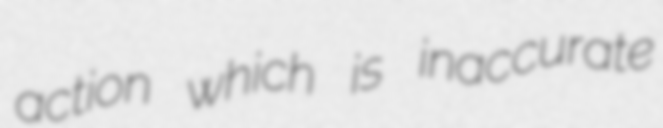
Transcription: action which is inaccurate